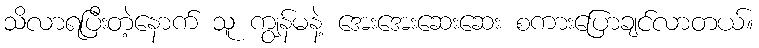
သိလာရပြီးတဲ့နောက် သူ ကျွန်မနဲ့ အေးအေးဆေးဆေး စကားပြောချင်လာတယ်။